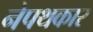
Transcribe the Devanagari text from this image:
नेपथकार